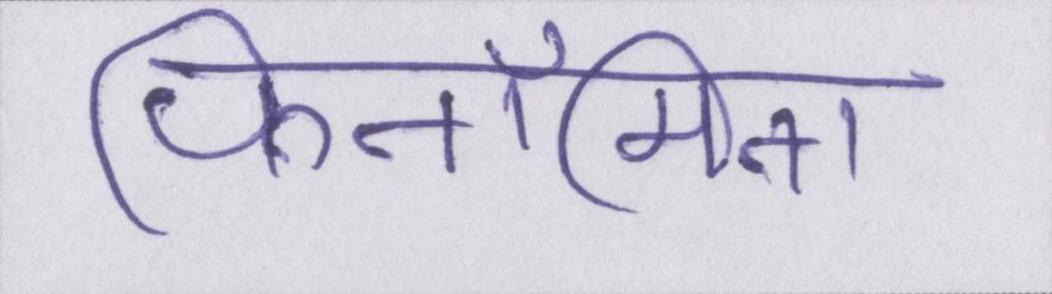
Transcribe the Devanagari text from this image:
फिनॉमिना